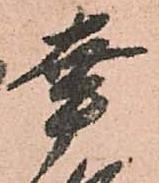
幸